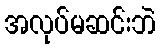
အလုပ်မဆင်းဘဲ